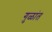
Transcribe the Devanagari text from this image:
गुळांत